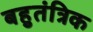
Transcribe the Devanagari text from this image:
बहुतंत्रिक